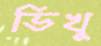
ভিখু